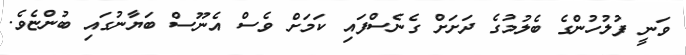
ވަނީ ފުލުހުންގެ ބެލުމުގެ ދަށަށް ގެނެސްފައި ކަމަށް ވެސް އެނޫސް ބަޔާނުގައި ބުންޏެވެ.